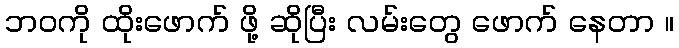
ဘဝကို ထိုးဖောက် ဖို့ ဆိုပြီး လမ်းတွေ ဖောက် နေတာ ။